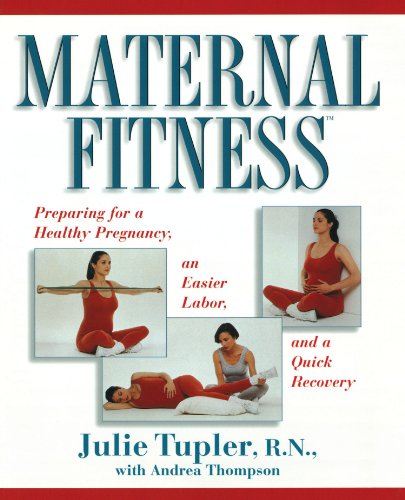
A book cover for Maternal Fitness: Preparing for a Healthy Pregnancy, an Easier Labor, and a Quick Recovery; Julie Tupler; Health, Fitness & Dieting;